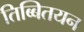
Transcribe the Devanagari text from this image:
तिब्बितयन